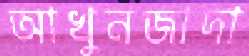
আখুনজাদা